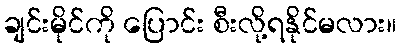
ချင်းမိုင်ကို ပြောင်း စီးလို့ရနိုင်မလား။